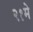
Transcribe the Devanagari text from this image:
२१मे